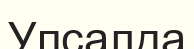
Упсалда